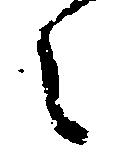
々